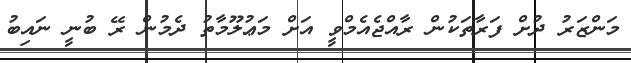
މަންޒަރު ދުށް ފަރާތަކުން ރާއްޖެއެމްވީ އަށް މަޢުލޫމާތު ދެމުން ރޭ ބުނީ ނައިބު